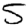
Digit: 5